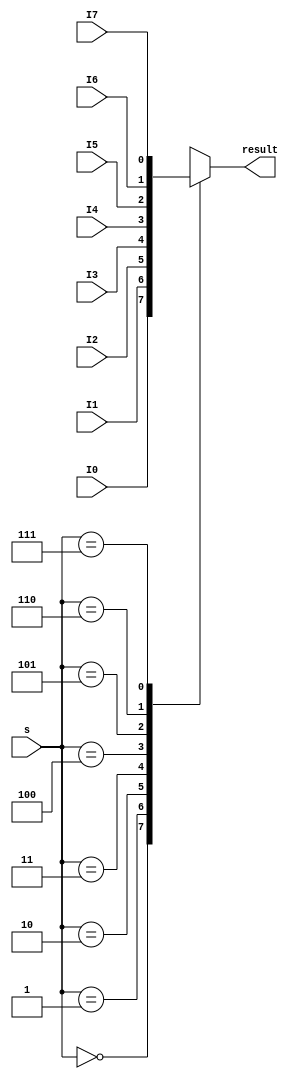
module mux_eight(
    I0,
    I1,
    I2,
    I3,
    I4,
    I5,
    I6,
    I7,
    s,
    result
);

input I0, I1, I2, I3, I4, I5, I6, I7;
input [2:0] s;
output result;

wire I0, I1, I2, I3, I4, I5, I6, I7;
wire [2:0] s;
reg result;

always @(*) begin
case (s)
  3'b000 : result = I0; 
  3'b001 : result = I1; 
  3'b010 : result = I2; 
  3'b011 : result = I3; 
  3'b100 : result = I4; 
  3'b101 : result = I5; 
  3'b110 : result = I6; 
  3'b111 : result = I7; 
default: result= 0;
endcase
    
end

endmodule //